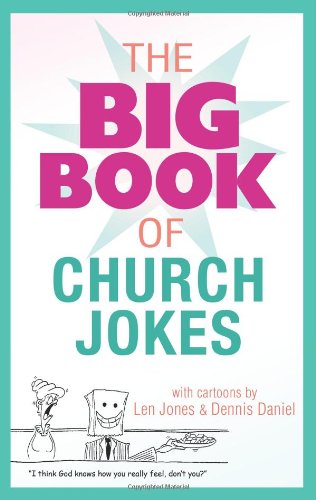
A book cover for The Big Book Of Church Jokes; Barbour Publishing; Humor & Entertainment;